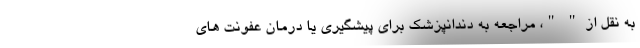
به نقل از " "، مراجعه به دندانپزشک برای پیشگیری یا درمان عفونت های